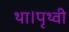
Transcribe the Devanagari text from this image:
था।पृथ्वी